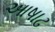
આષાઢ